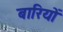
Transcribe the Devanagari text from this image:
बारियों